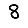
Digit: 8